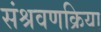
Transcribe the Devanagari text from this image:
संश्रवणक्रिया